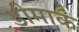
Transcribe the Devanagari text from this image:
डीमाक